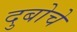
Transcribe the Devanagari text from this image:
दुबोचे